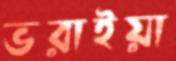
ভরাইয়া